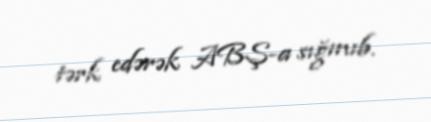
tərk edərək ABŞ-a sığınıb.